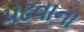
પઢવાના